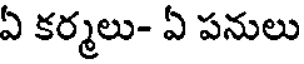
ఏ కర్మలు- ఏ పనులు